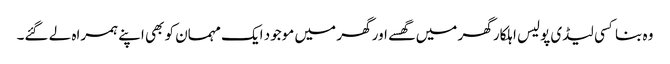
وہ بنا کسی لیڈی پولیس اہلکار گھر میں گھسے اور گھر میں موجود ایک مہمان کو بھی اپنے ہمراہ لے گئے۔